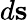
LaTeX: d\mathbf{s}